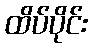
ထိပ်ပိုင်း